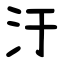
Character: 汙